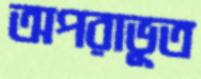
অপরাভূত